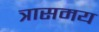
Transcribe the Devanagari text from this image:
त्रासमय